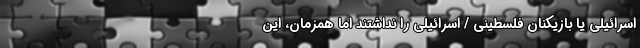
اسرائیلی یا بازیکنان فلسطینی / اسرائیلی را نداشتند اما همزمان، این